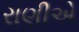
રાણીએ